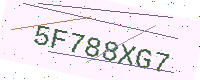
Text: 5F788XG7